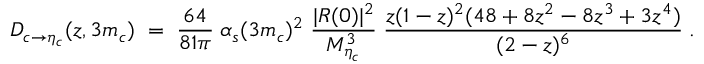
{ D _ { c \rightarrow \eta _ { c } } ( z , 3 m _ { c } ) \; = \; { \frac { 6 4 } { 8 1 \pi } } \; \alpha _ { s } ( 3 m _ { c } ) ^ { 2 } \; { \frac { | R ( 0 ) | ^ { 2 } } { M _ { \eta _ { c } } ^ { 3 } } } \; { \frac { z ( 1 - z ) ^ { 2 } ( 4 8 + 8 z ^ { 2 } - 8 z ^ { 3 } + 3 z ^ { 4 } ) } { ( 2 - z ) ^ { 6 } } } \; . }